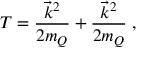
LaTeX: T = \frac { \vec { k } ^ { 2 } } { 2 m _ { Q } } + \frac { \vec { k } ^ { 2 } } { 2 m _ { Q } } \; ,